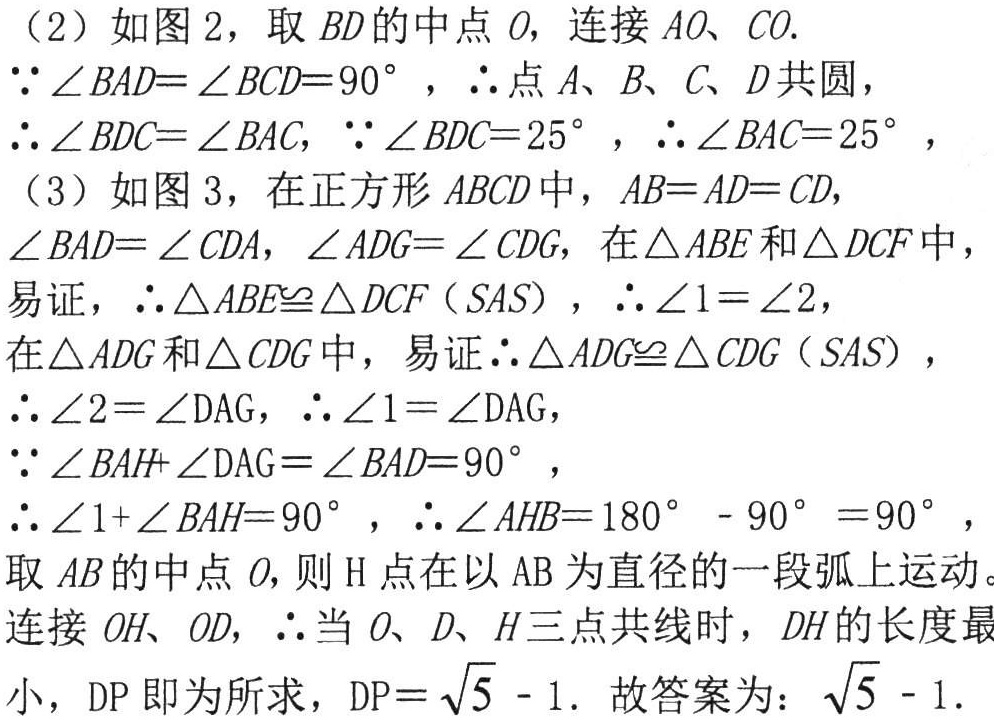
(2) 如图2，取 \(BD\)的中点\(O\)，连接\(AO、CO\).
\(\because\angle BAD = \angle BCD = 90^{\circ}\)，\(\therefore\)点\(A、B、C、D\)共圆，
\(\therefore\angle BDC=\angle BAC\)，\(\because\angle BDC = 25^{\circ}\)，\(\therefore\angle BAC = 25^{\circ}\)，
(3) 如图3，在正方形\(ABCD\)中，\(AB = AD = CD\)，
\(\angle BAD=\angle CDA\)，\(\angle ADG=\angle CDG\)，在\(\triangle ABE\)和\(\triangle DCF\)中，
易证，\(\therefore\triangle ABE\cong\triangle DCF(SAS)\)，\(\therefore\angle1=\angle2\)，
在\(\triangle ADG\)和\(\triangle CDG\)中，易证\(\therefore\triangle ADG\cong\triangle CDG(SAS)\)，
\(\therefore\angle2=\angle DAG\)，\(\therefore\angle1=\angle DAG\)，
\(\because\angle BAH+\angle DAG=\angle BAD = 90^{\circ}\)，
\(\therefore\angle1+\angle BAH = 90^{\circ}\)，\(\therefore\angle AHB=180^{\circ}-90^{\circ}=90^{\circ}\)，
取\(AB\)的中点\(O\)，则\(H\)点在以\(AB\)为直径的一段弧上运动。
连接\(OH、OD\)，\(\therefore\)当\(O、D、H\)三点共线时，\(DH\)的长度最
小，\(DP\)即为所求，\(DP = \sqrt{5}-1\). 故答案为：\(\sqrt{5}-1\).